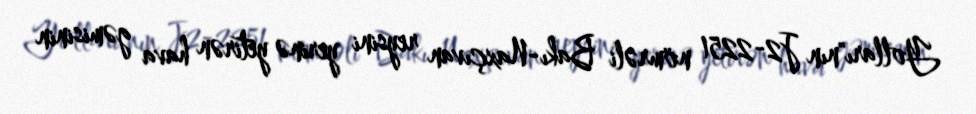
Yolları"nın J2-2251 nömrəli Bakı-Naxçıvan reysini yerinə yetirən hava gəmisinin